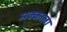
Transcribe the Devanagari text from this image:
मक्काला